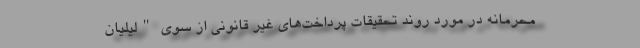
محرمانه در مورد روند تحقیقات پرداخت‌های غیر قانونی از سوی "لیلیان